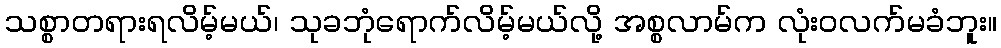
သစ္စာတရားရလိမ့်မယ်၊ သုခဘုံရောက်လိမ့်မယ်လို့ အစ္စလာမ်က လုံးဝလက်မခံဘူး။